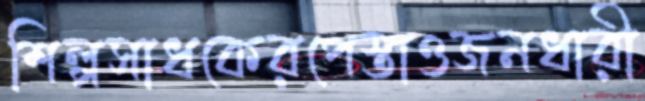
শিল্পসাধকেরপেস্তাওজনধারী